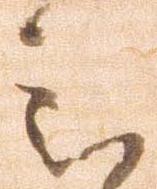
被